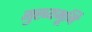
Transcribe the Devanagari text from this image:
मुख्‍यभूमि